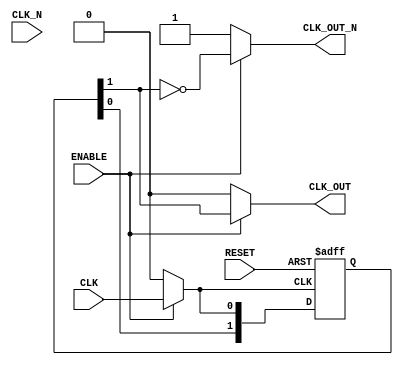
module differential_clock_buffer (
    input wire CLK,          // Differential Clock Input
    input wire CLK_N,        // Inverted Differential Clock Input
    output reg CLK_OUT,      // Single-ended Clock Output
    output reg CLK_OUT_N,    // Inverted Single-ended Clock Output
    input wire ENABLE,       // Enable signal for power management
    input wire RESET         // Reset signal
);

    // Internal signals
    wire clk_buf, clk_n_buf;
    reg [1:0] delay_buf; // Simple delay buffer representation

    // Differential Input Stage (Amplification)
    always @(*) begin
        if (ENABLE) begin
            // Simple amplification logic for demonstration
            clk_buf = CLK;
            clk_n_buf = CLK_N;
        end else begin
            clk_buf = 1'b0; // Disable output when not enabled
            clk_n_buf = 1'b1; // Inverted state
        end
    end

    // Delay Buffers
    always @(posedge clk_buf or negedge RESET) begin
        if (!RESET) begin
            delay_buf <= 2'b00; // Reset delay buffer
        end else begin
            delay_buf <= {delay_buf[0], clk_buf}; // Shift in the clock signal
        end
    end

    // Output Stage
    always @(*) begin
        if (ENABLE) begin
            CLK_OUT = delay_buf[1]; // Use the delayed signal for output
            CLK_OUT_N = ~CLK_OUT;    // Inverted output
        end else begin
            CLK_OUT = 1'b0;          // Disable output
            CLK_OUT_N = 1'b1;        // Inverted state
        end
    end

endmodule